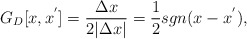
\begin{align*}G_D[x,x^{'}] = \frac{\Delta x}{2 \vert \Delta x\vert} = \frac{1}{2}sgn ( x - x^{'}), \end{align*}